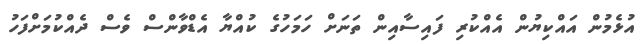
އުޅެމުން އައްކިޔުން އެއްކުރި ފައިސާއިން ތަނަށް ހަމަހުގެ ކުއްޔާ އެޑްވާންސް ވެސް ދެއްކުމަށްފަހު